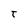
Character: t